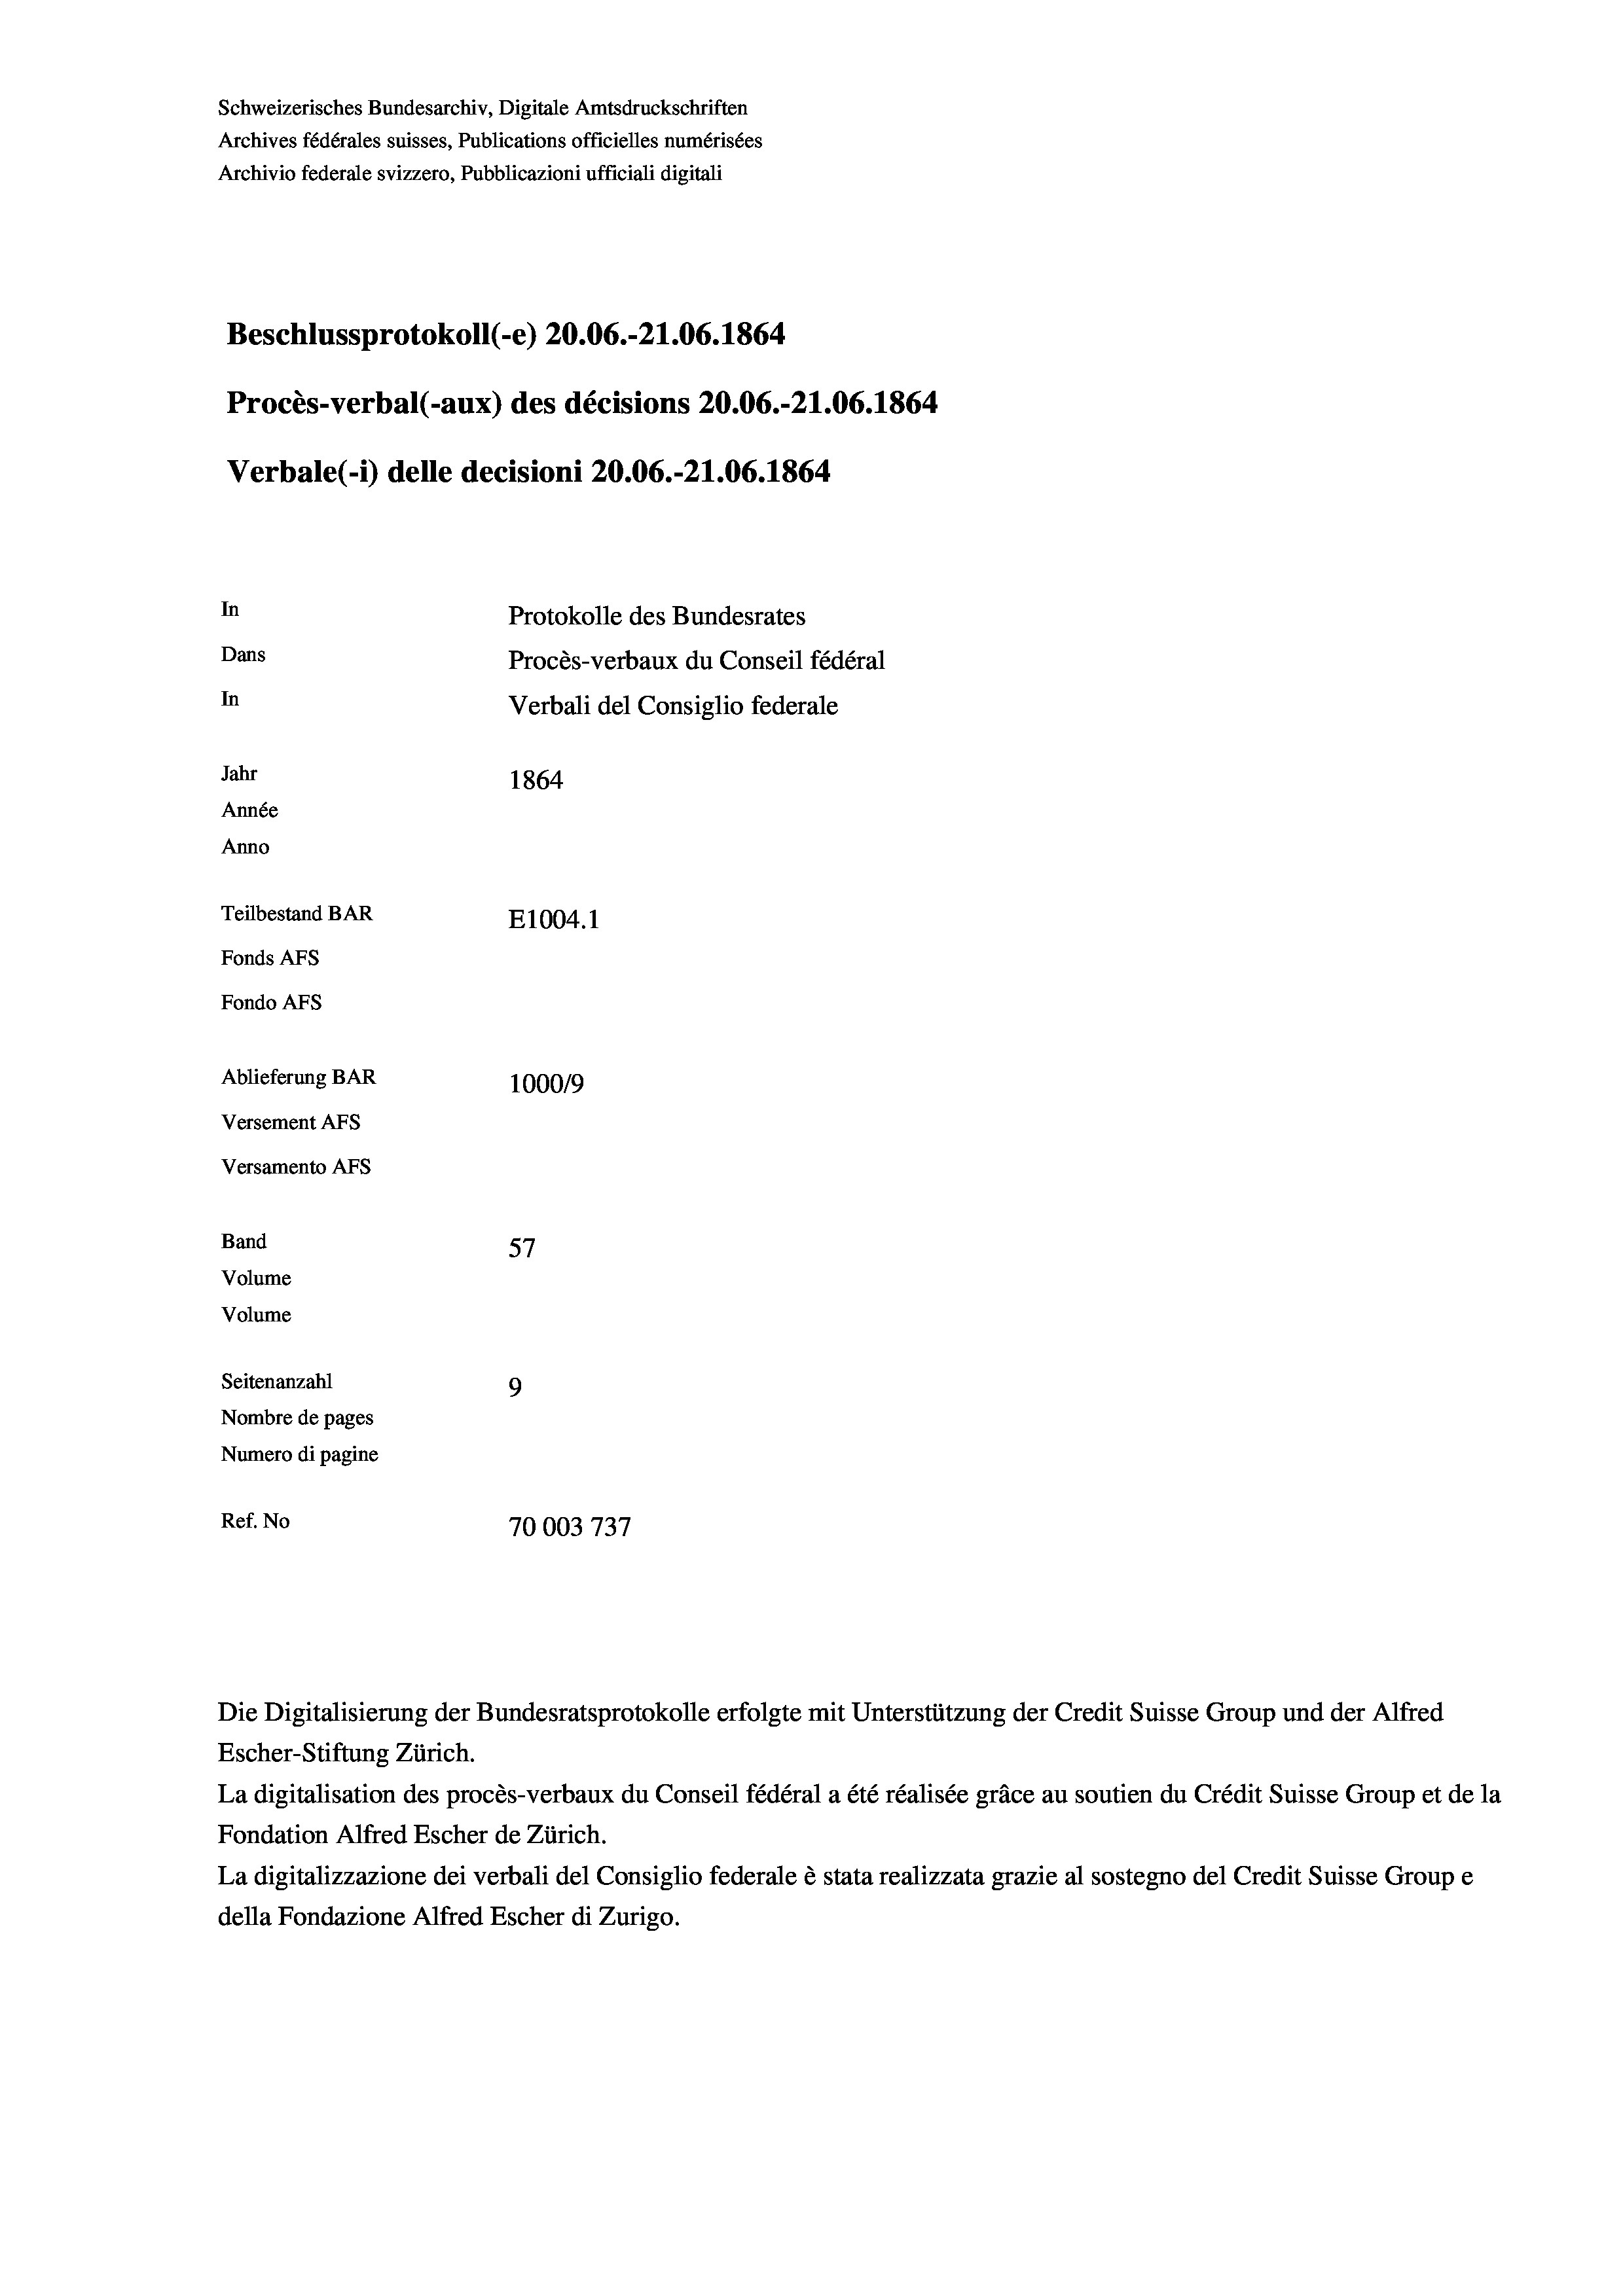
Schweizerisches Bundesarchiv, Digitale Amtsdruckschriften
Archives fédérales suisses, Publications officielles numérisées
Archivio federale svizzero, Pubblicazioni ufficiali digitali
Beschlussprotokoll (-e) 20.06.-21.06. 1864
Procès-verbal (-aux) des décisions 20.06.-21.06. 1864
Verbale (- 1) delle decisioni 20.06.-21.06. 1864
In
Protokolle des Bundesrates
Dans
Procès-verbaux du Conseil fédéral
In
Verbali del Consiglio federale
Jahr
1864
Année
Anno
Teilbestand BAR
E1004.1
Fonds AFs
Fondo AFS
Ablieferung BAR
100019
Versement AFs
Versamento AFs
Band
57
Volume

Volume
Seitenanzahl

Ref. No

9
Nombre de pages
Numero di pagine
ge
70003737

Escher-Stiftung Zürich.
La digitalisation des procès-verbaux du Conseil fédéral a été réalisée gräce au soutien du Crédit Suisse Group et de la
Fondation Alfred Escher de Zürich.
La digitalizzazione dei verbali del Consiglio federale è stata realizzata grazie al sostegno del Credit Suisse Groupe
della Fondazione Alfred Escher di Zurigo.

Die Digitalisierung der Bundesratsprotokolle erfolgte mit Unterstützung der Credit Suisse Group und der Alfred